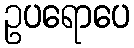
ဥပရောပေ